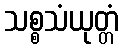
သစ္စသံယုတ္တံ